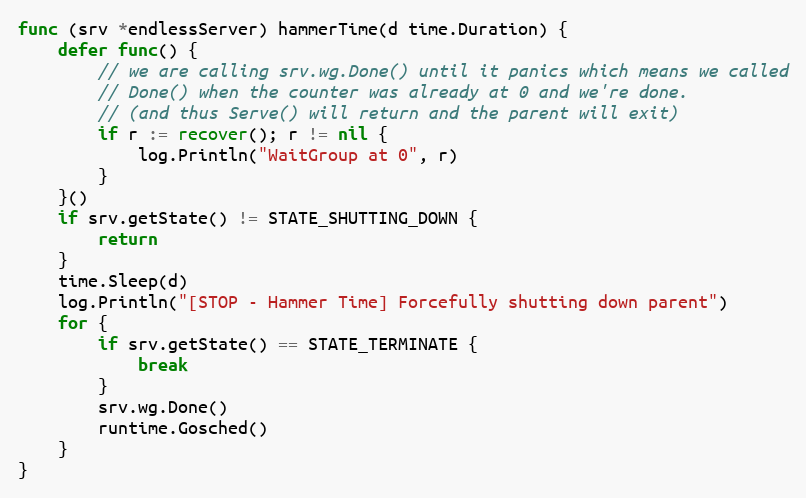
Language: Go
func (srv *endlessServer) hammerTime(d time.Duration) {
	defer func() {
		// we are calling srv.wg.Done() until it panics which means we called
		// Done() when the counter was already at 0 and we're done.
		// (and thus Serve() will return and the parent will exit)
		if r := recover(); r != nil {
			log.Println("WaitGroup at 0", r)
		}
	}()
	if srv.getState() != STATE_SHUTTING_DOWN {
		return
	}
	time.Sleep(d)
	log.Println("[STOP - Hammer Time] Forcefully shutting down parent")
	for {
		if srv.getState() == STATE_TERMINATE {
			break
		}
		srv.wg.Done()
		runtime.Gosched()
	}
}